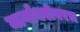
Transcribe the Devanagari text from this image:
मार्गांबरोबरच